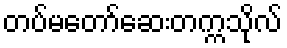
တပ်မတော်ဆေးတက္ကသိုလ်